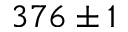
3 7 6 \pm 1